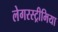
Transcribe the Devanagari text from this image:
लेगरस्ट्रीमिया